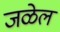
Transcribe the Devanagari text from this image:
जळेल